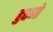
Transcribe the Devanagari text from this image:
हुएगो